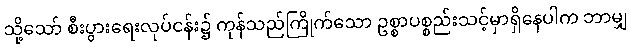
သို့သော် စီးပွားရေးလုပ်ငန်း၌ ကုန်သည်ကြိုက်သော ဥစ္စာပစ္စည်းသင့်မှာရှိနေပါက ဘာမျှ